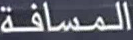
المسافة